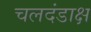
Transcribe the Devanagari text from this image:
चलदंडाक्ष